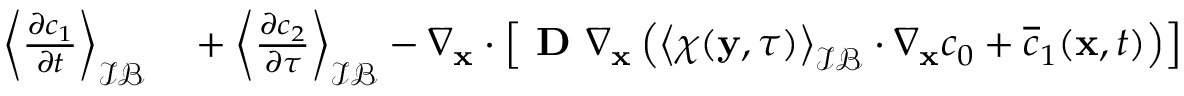
\begin{array} { r l } { \left\langle \frac { \partial c _ { 1 } } { \partial t } \right\rangle _ { \mathcal { I B } } } & { { } + \left\langle \frac { \partial c _ { 2 } } { \partial \tau } \right\rangle _ { \mathcal { I B } } - \nabla _ { \mathbf x } \cdot \left[ \textbf { D } \nabla _ { \mathbf x } \left( \left\langle \boldsymbol \chi ( \mathbf y , \tau ) \right\rangle _ { \mathcal { I B } } \cdot \nabla _ { \mathbf x } c _ { 0 } + \overline { c } _ { 1 } ( \mathbf x , t ) \right) \right] } \end{array}